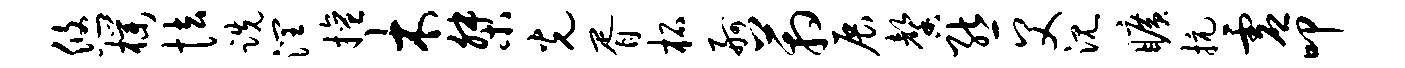
悠朴怯跣润擅木桀光胥柘舸箱展馨熊父沉旷抗虚叩